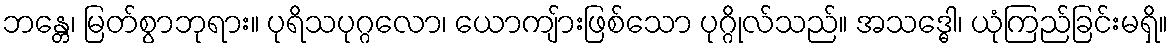
ဘန္တေ၊ မြတ်စွာဘုရား။ ပုရိသပုဂ္ဂလော၊ ယောကျ်ားဖြစ်သော ပုဂ္ဂိုလ်သည်။ အသဒ္ဓေါ၊ ယုံကြည်ခြင်းမရှိ။